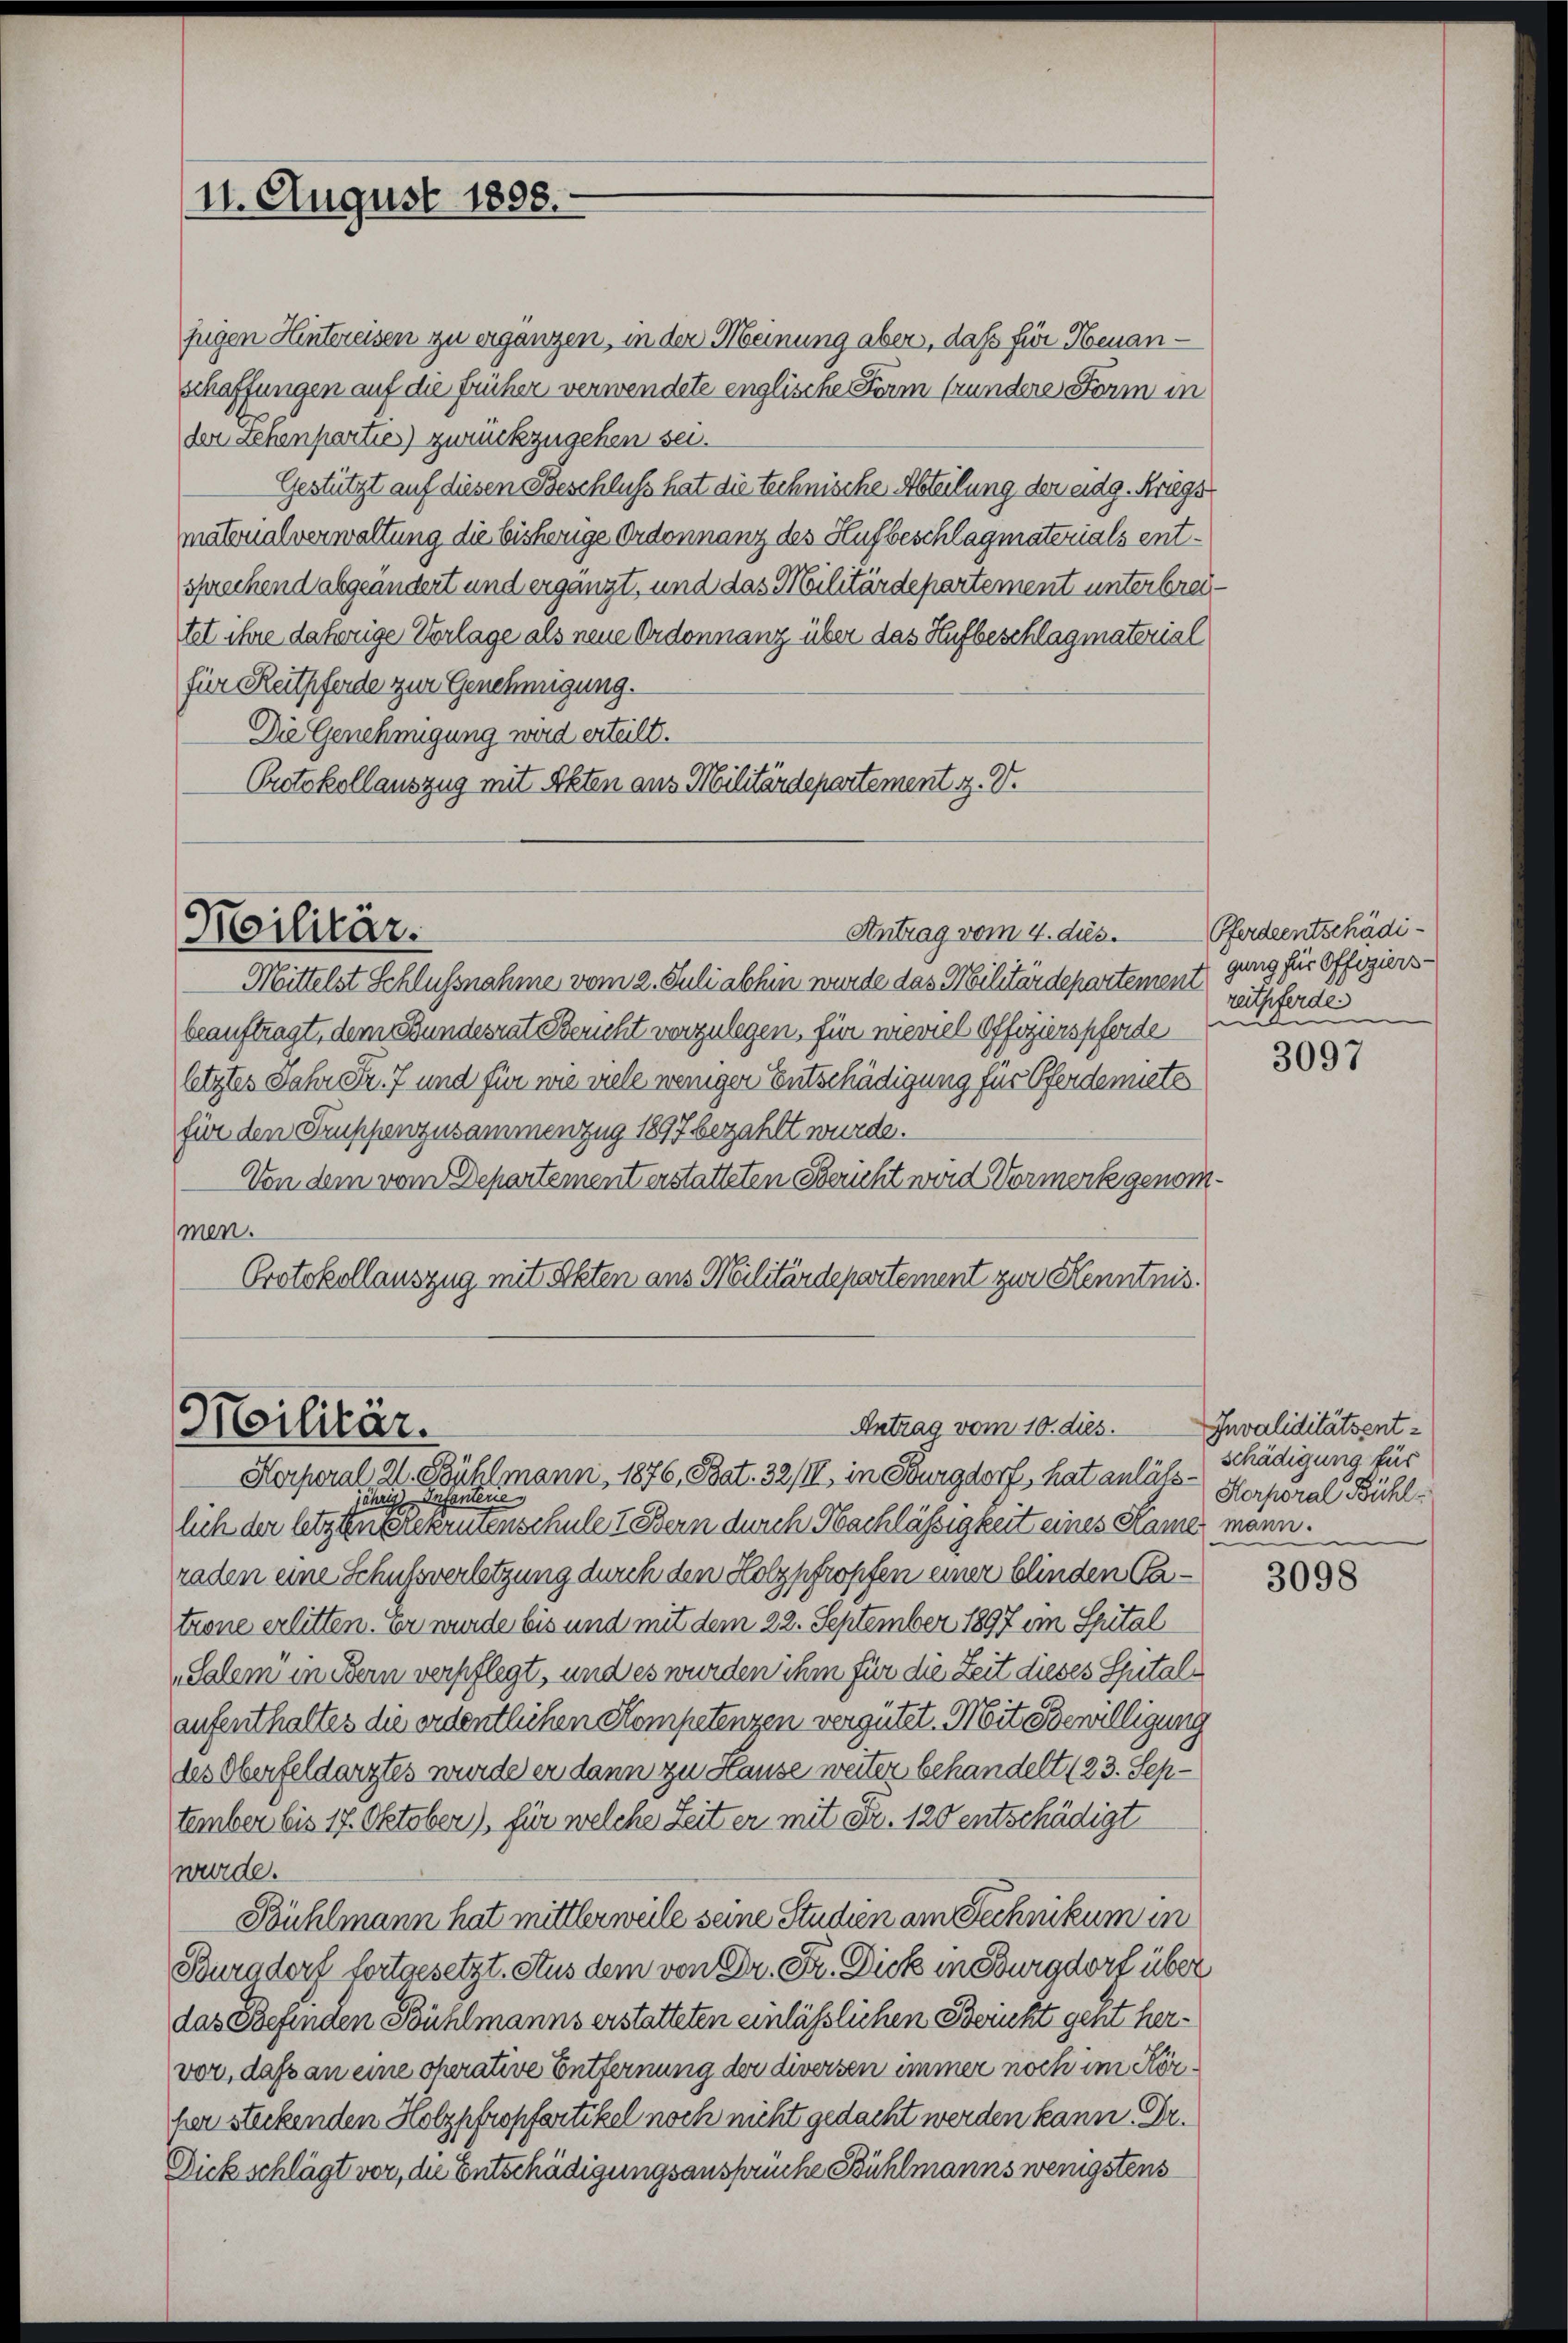
11. August 1898.

fugen Hintereisen zu ergänzen, in der Meinung aber, daß für Neuanschaffungen auf die früher verwendete englische Form frundere Form in
der Schenpartie) zurückzugehen sei.
Gestützt auf diesen Beschluss hat die technische Abteilung der eidg. Krugs
mätonalverwaltung die bisherige Ordonnanz des Hufbeschlag materials entsprechend abgeändert und ergänzt, und das Militärdepartement unterbrech
tet ihre daherige Vorlage als neue Ordonnanz über das Aufbeschlag material
für Reitpferde zur Genehmigung.
Die Genehmigung wird erteilt.
Protokollauszug mit Akten aus Militärdepartement z. V.

Antrag vom 4. dies. Pferdentschädi¬
Militär.

Mittelst Schlußnahme vom 2. Juli abhin wurde das Militärdepartement ging für Offiziersbeauftragt, dem Bundesrat Bericht vorzulegen, für nieviel Offizierspferde
letztes Jahr Fr. 7 und für wie viele weniger Entschädigung für Pferdemiete
für den Truppenzusammenzug 1897 bezahlt wurde.
Von dem vom Departement erstatteten Bericht wird Vormerk genommen.
Protokollauszug mit Akten aus Militärdepartement zur Kenntnis.

Antrag vom 10. dies.
Militär.
Horporal 2. Bühlmann, 1876, Bat. 32/III, in Burgdorf, hat anläss-

jährig Infantere
lich der letzten Brennenschule 7 Bern durch Nachlässigkeit eines Kamer mann.
raden eine Schussverletzung durch den Holzpfropfen einer blinden Patrone erlitten. Er wurde bis und mit dem 22. September 1897 im Spital
Salem in Bern verpflegt, und es wurden ihm für die Zeit dieses Spitalaufenthaltes die ordentlichen Kompetenzen vergütet. Mit Bewilligung
des Oberfeldarztes wurde er dann zu Hause weiter behandelt (23. September bis 17. Oktober), für welche Seit er mit Fr. 120 entschädigt
wurde.
Bühlmann hat mittlerweile seine Studien am Technikum in
Burgdort fortgesetzt. Aus dem von Dr. Fr. Dick in Burgdorf über
das Befinden Bühlmanns erstatteten einlässlichen Bericht gent hervor, daß an eine operative Entfernung der diversen immer noch im Körper steckenden Holzpfropfertikel noch nicht gedacht werden kann. Dr.
Dick schlägt vor, die Entschädigungsansprüche Bühlmanns wenigstens

reitpferde.
du

3097

Invaliditätsentschädigung für
Herporal Bühl

3098